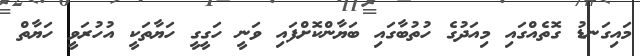
މައިގަނޑު ގޮތެއްގައި މިއަދުގެ ހުތުބާގައި ބަޔާންކޮށްފައި ވަނީ ހަގީގީ ހަޔާތަކީ އުހުރަވީ ހަޔާތް